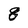
Character: 8